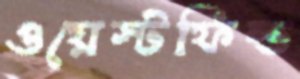
ওয়েস্টফিল্ড